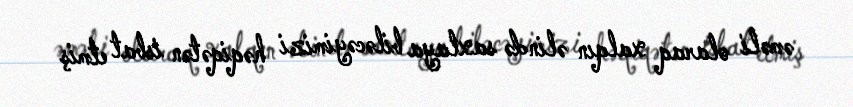
əməli olaraq xalqın əlində saxlaya biləcəyimizi həqiqətən isbat etmiş